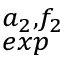
^ { a _ { 2 } , f _ { 2 } } _ { e x p }